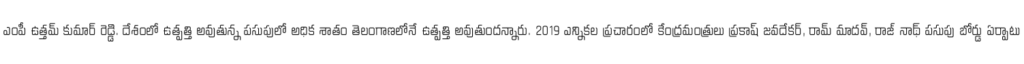
ఎంపీ ఉత్తమ్ కుమార్ రెడ్డి. దేశంలో ఉత్పత్తి అవుతున్న పసుపులో అధిక శాతం తెలంగాణలోనే ఉత్పత్తి అవుతుందన్నారు. 2019 ఎన్నికల ప్రచారంలో కేంద్రమంత్రులు ప్రకాష్ జవదేకర్, రామ్ మాదవ్, రాజ్ నాథ్ పసుపు బోర్డు ఏర్పాటు